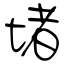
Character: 堵